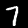
Label: 7